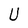
Character: U